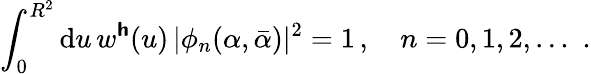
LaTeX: \int_{0}^{R^{2}}\mathrm{d}u\, w^{\boldsymbol{\mathsf{h}}}(u)\, \vert\phi_{n}(\alpha,\bar{\alpha})\vert^{2}=1\, ,\quad n=0,1,2,\dotsc\, \, .